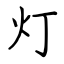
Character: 灯